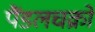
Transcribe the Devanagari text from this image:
पैंडलचक्रों